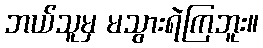
ဘယ်သူမှ မသွားရဲကြဘူး။